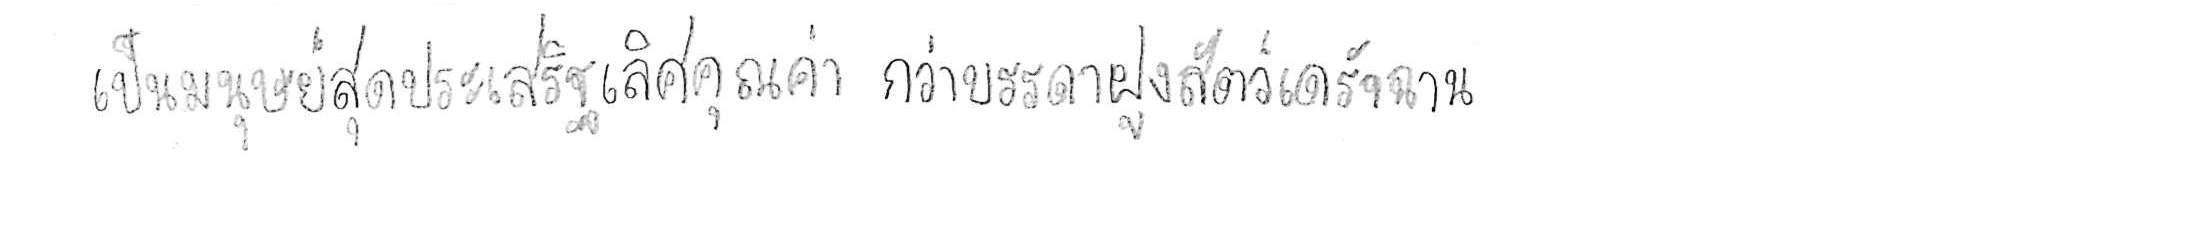
เป็นมนุษย์สุดประเสริฐเลิศคุณค่า กว่าบรรดาฝูงสัตว์เดรัจฉาน